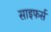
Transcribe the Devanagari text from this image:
साइफर्स